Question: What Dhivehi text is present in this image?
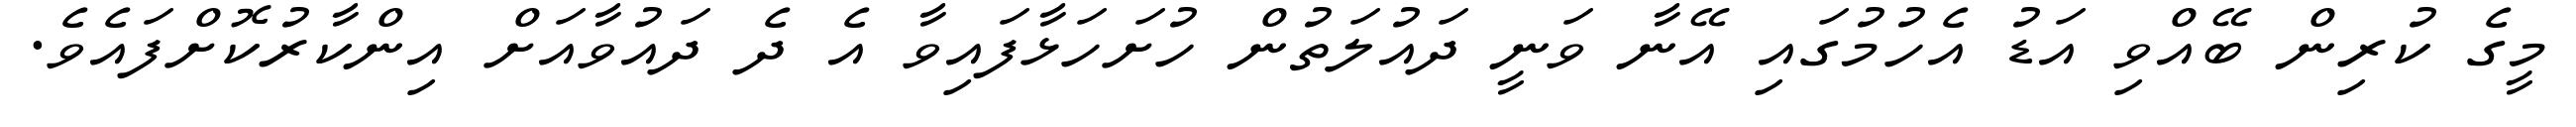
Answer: މީގެ ކުރިން ބޭއްވި އަޑު އެހުމުގައި އޭނާ ވަނީ ދައުލަތުން ހުށަހަޅާފައިވާ އެ ދެ ދައުވާއަށް އިންކާރުކޮށްފައެވެ.